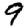
Digit: 9